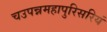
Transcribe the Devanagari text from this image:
चउपन्नमहापुरिसरियं